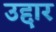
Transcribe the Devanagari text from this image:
उद्दार